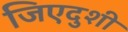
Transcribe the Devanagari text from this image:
जिएदुशी